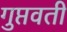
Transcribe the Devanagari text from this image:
गुप्तवती